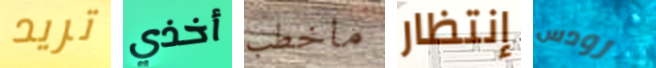
تريد أخذي ماخطب إنتظار رودس